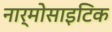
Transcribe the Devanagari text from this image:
नार्मोसाइटिक